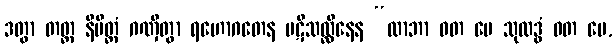
ဒတွာ တတ္ထ နိမိတ္တံ ဂဏှိတွာ ရဟောဂတေန ပဋိသလ္လီနေန “လာဘာ ဝတ မေ သုလဒ္ဓံ ဝတ မေ,